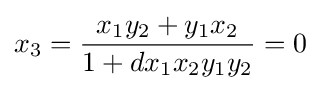
x_{3}={\frac {x_{1}y_{2}+y_{1}x_{2}}{1+dx_{1}x_{2}y_{1}y_{2}}}=0